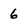
Character: 6